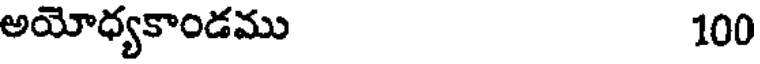
అయోధ్యకాండము 100